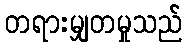
တရားမျှတမှုသည်